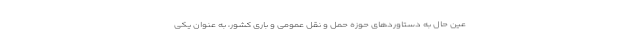
عین حال به دستاوردهای حوزه حمل و نقل عمومی و باری کشور، به عنوان یکی